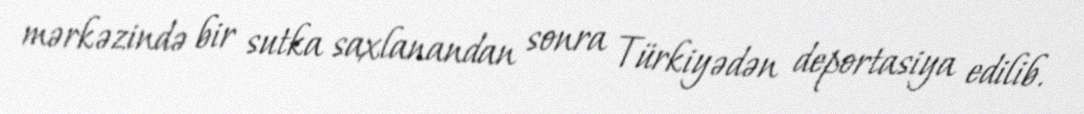
mərkəzində bir sutka saxlanandan sonra Türkiyədən deportasiya edilib.